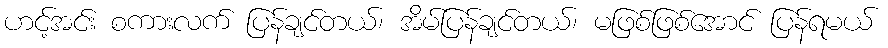
ဟင့်အင်း စကားလက် ပြန်ချင်တယ်၊ အိမ်ပြန်ချင်တယ်၊ မဖြစ်ဖြစ်အောင် ပြန်ရမယ်